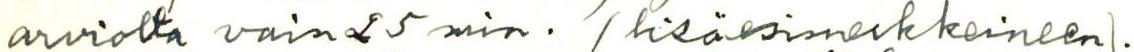
arviolta vain 25 min. (lisäesimerkkeineen).